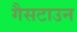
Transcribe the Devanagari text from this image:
गैसटाउन